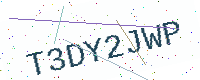
Text: T3DY2JWP